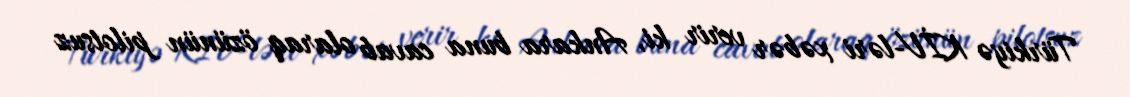
Türkiyə KİV-ləri xəbər verir ki, Ankara buna cavab olaraq özünün pilotsuz